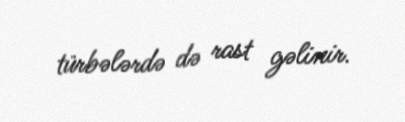
türbələrdə də rast gəlinir.